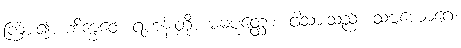
ကြား၍။ ဘိက္ခဝေ၊ ရဟန်းတို့။ မမပုတ္တော၊ ငါ့သားသည်။ သဗ္ဗယောဂေ၊